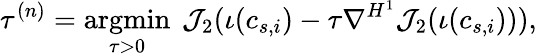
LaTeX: \tau^{(n)}=\underset{\tau>0}{\operatorname{argmin}}~\mathcal{J}_{2}(\iota(c_{s,i})-\tau\nabla^{{H}^{1}}\mathcal{J}_{2}(\iota(c_{s,i}))),